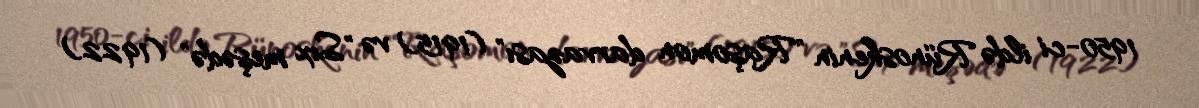
1950-ci ildə Rünoskenin "Raşomon darvazası" (1915) və "Sıx meşədə" (1922)